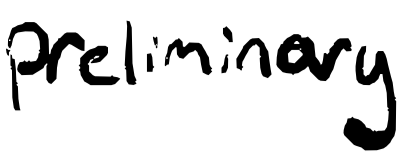
Text: preliminary
Cross-out: clean
Writing tool: digital_black